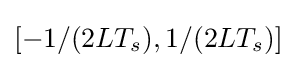
\left[-1/(2LT_{s}),1/(2LT_{s})\right]